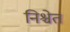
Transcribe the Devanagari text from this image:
निश्चेत